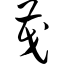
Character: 茂